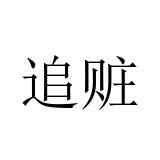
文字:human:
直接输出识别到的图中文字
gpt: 追赃